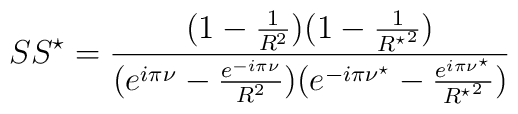
SS^{\star}=\frac{(1-\frac{1}{R^2})(1-\frac{1}{{R^{\star}}^2}) }{(e^{i\pi\nu}-\frac{e^{-i\pi\nu}}{R^2})(e^{-i\pi\nu^{\star}}-\frac{e^{i\pi\nu^{\star}}}{{R^{\star}}^2})}